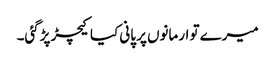
میرے تو ارمانوں پر پانی کیا کیچڑ پڑگئی۔